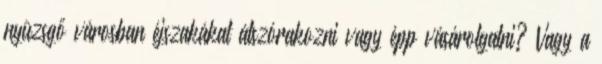
nyüzsgő városban éjszakákat átszórakozni vagy épp vásárolgatni? Vagy a